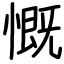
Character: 慨